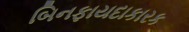
બિનફાયદાકારક